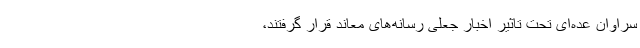
سراوان عده‌ای ‌تحت تاثیر اخبار جعلی رسانه‌های معاند قرار گرفتند،